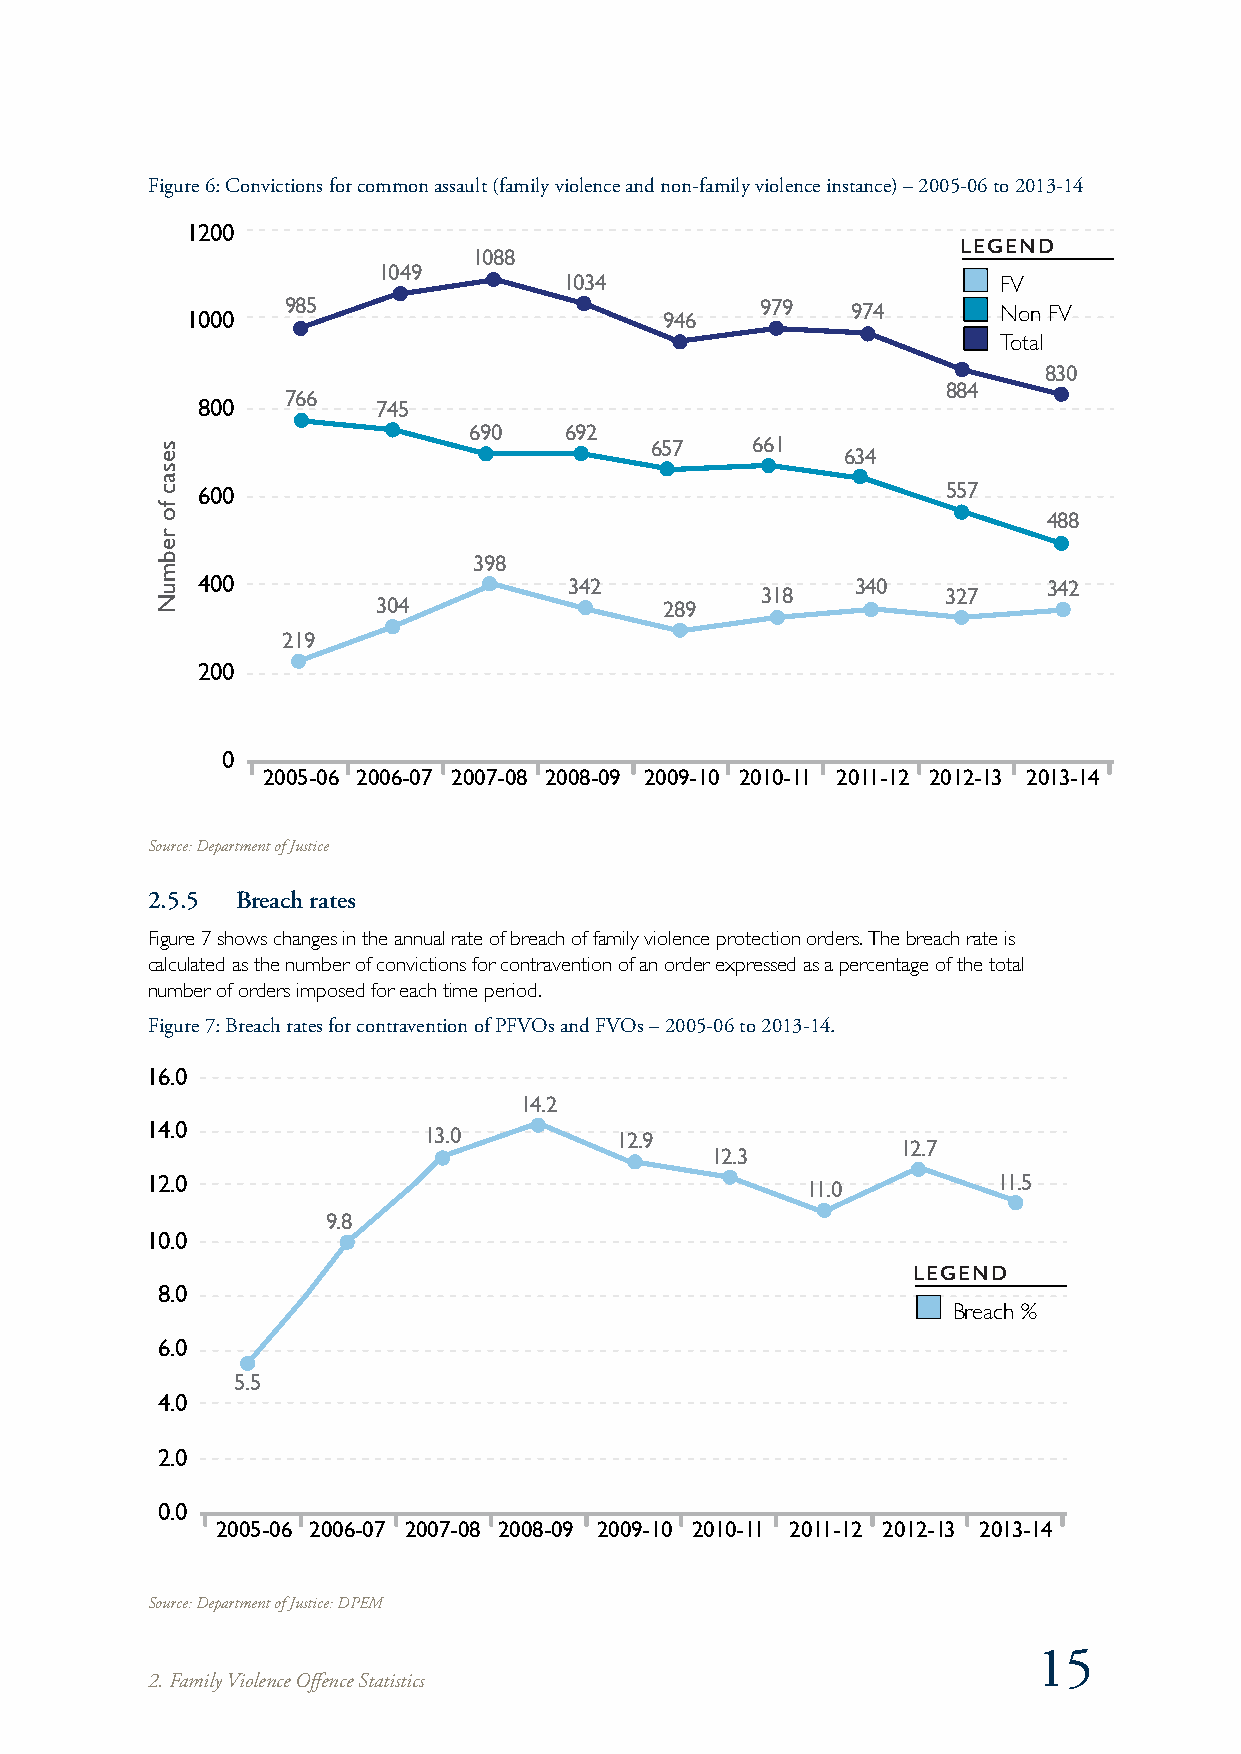
Figure 6: Convictions for common assault (family violence and non-family violence instance) – 2005-06 to 2013-14
 1200
 LEGEND
 1088
 1049
 1034                         FV
 1000   985                      946   979   974       Non FV
 Total
 830
 884
 766
 800         745
 690   692
 657    661   634
 600                                               557
 488
 398
 400                      342                340         342
 318          327
 304                289
 219
 200
 0
 2005-06 2006-07 2007-08 2008-09 2009-10 2010-11 2011-12 2012-13 2013-14
 Source: Department of Justice
 2.5.5 Breach rates
 Figure 7 shows changes in the annual rate of breach of family violence protection orders. The breach rate is
 calculated as the number of convictions for contravention of an order expressed as a percentage of the total
 number of orders imposed for each time period.
 Figure 7: Breach rates for contravention of PFVOs and FVOs – 2005-06 to 2013-14.
 16.0
 14.2
 14.0              13.0         12.9
 12.7
 12.3
 12.0                                       11.0         11.5
 9.8
 10.0
 LEGEND
 8.0
 Breach %
 6.0
 5.5
 4.0
 2.0
 0.0
 2005-06 2006-07 2007-08 2008-09 2009-10 2010-11 2011-12 2012-13 2013-14
 Source: Department of Justice: DPEM
 15
 2. Family Violence Offence Statistics
 sesac
 fo
 rebmuN